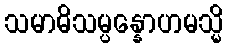
သမာဓိသမ္ပန္နောဟမသ္မိ